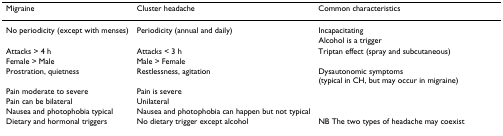
| Migraine | Cluster headache | Common characteristics |
 | --- | --- | --- |
 | No periodicity (except with menses) | Periodicity (annual and daily) | Incapacitating |
 |  |  | Alcohol is a trigger |
 | Attacks > 4 h | Attacks < 3 h | Triptan effect (spray and subcutaneous) |
 | Female > Male | Male > Female |  |
 | Prostration, quietness | Restlessness, agitation | Dysautonomic symptoms (typical in CH, but may occur in migraine) |
 | Pain moderate to severe | Pain is severe |  |
 | Pain can be bilateral | Unilateral |  |
 | Nausea and photophobia typical | Nausea and photophobia can happen but not typical |  |
 | Dietary and hormonal triggers | No dietary trigger except alcohol | NB The two types of headache may coexist |